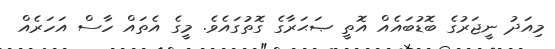
މިއަދު ނީޖަރުގެ ބޮޑުބައެއް އޮތީ ޞަޙަރާގެ ގޮތުގައެވެ. މީގެ އެތައް ހާސް އަހަރެއް